Calcutta medical institutions reports 1892-1900
Year: 1892
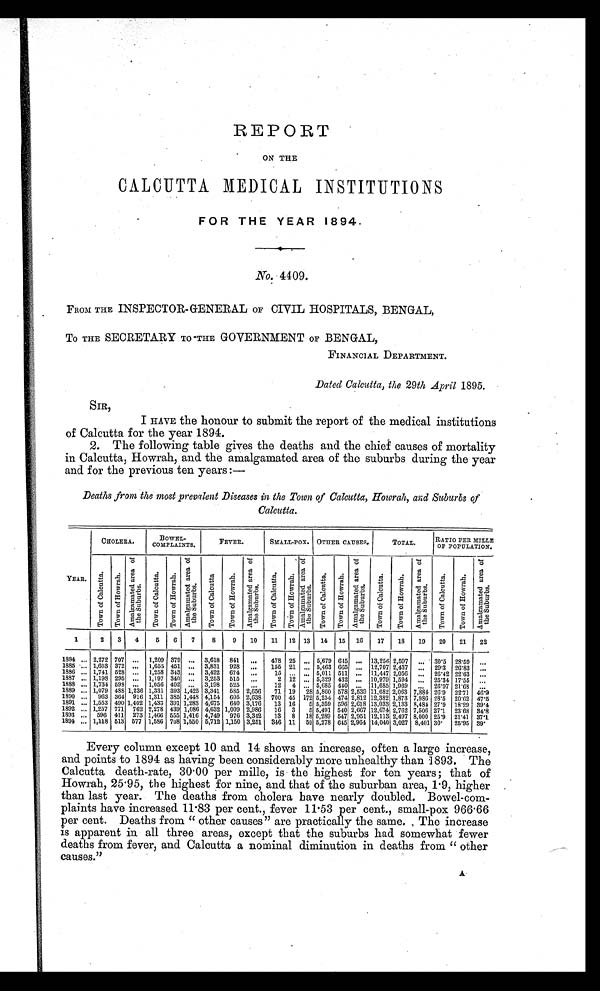
REPORT
ON THE
CALCUTTA MEDICAL INSTITUTIONS
•
FOR THE YEAR 1894.
.
No. 4409.
FROM THE INSPECTOR-GENERAL OF CIVIL HOSPITALS, BENGAL,
To THE SECRETARY TO THE GOVERNMENT OF BENGAL,
FINANCIAL DEPARTMENT.
Dated Calcutta, the 29th April 1895.
SIR,
I HAVE the honour to submit the report of the medical institutions
of Calcutta for the year 1894.
2. The following table gives the deaths and the chief causes of mortality
in Calcutta, Howrah, and the amalgamated area of the suburbs during the year
and for the previous ten years:-
Deaths from the most prevalent Diseases in the Town of Calcutta, Howrah, and Suburbs of
Calcutta.
CHOLERA.
BOWEL-
COMPLAINTS.
FEVER.
SMALL-POX. OTHER CAUSES.
TOTAL.
RATIO PER MILLE
OF POPULATION,
A m a l a g a t e d a r e a o f S u r b u r b s .
T o w n o f c a l c u t t a
T o w n o f H o w r a h . A m a l g a m a t e d a r e a o f t h e s u r b u r b s . Town of Calcutta Town of Howrah. A m a l a g a m a t e d a r e a o f t h e S u r b u r b s . Town of Calcutta
T o w n o f H a w r a h . A m a l a g a m a t e d a r e a o f t h e S u r b u r b s . Town of Calcutta.Town of Hawr ah.
A m a l a g a m a t e d a r e a o f t h e S u r b u r b s .Town of Town of Hawrah. Calcutta. A m a l g a m a t e d a r e a o f t h e S u r b u r b s .
A m a l a g a m a t e d a r e a o f t h e S u r b u r b s .
T o w n o f C a l c u t t a
T o w n o f H a w r a h .
YEAR.
-
T o wn o f Ca l c u t t a .
T o w n o f H o w r a h .
l l l l l l l l l l
A m a
1
2
3 I 4
5
6
7
8
9
10
11
12 13
14
15
16
17
18
19
20
21
22
1884 .., 2,272 707 ...
1,209 379 ... 3,618 841
. . . 478 25
. . . 5,679 615 ... 13,256 2,597 ...
30.5 28.59
...
1885 -...
1886 ...
1887 ...
1,603
1,741
1,198
372
528
295
...
...
...
1,655
1,258
1,197
451
343
340
. . . . . .
. . .
3,831
3,422
3,253
928
674
515
... . . .
. . . . .
155
15
2
21
. .
12
. . .
. . .
,,,
5,463
5,011
5,329
665
511
432
... 12,707 2,437
... 11,447 2,056
... 10,979 1,594
...
. . .
...
29.3
26.42
25'34
26.83
22'63
17.55
...
...
1888 ... 1,734 598
. . . . . 1,056 402
. . . , , , 3,198 525
....,
12
4 . . . . . . . . . . . 5,685 440 ... 11,685 1,969
. . . . .
26.97 21.68
. . . . .
1889 ... 1,079 488 1,236 1,331 393 1,425 3,341 585 2,656
71 19 28 5,800 578 2,539 11,682 2,063 7,884 26.9 22.71 46.9
1890
. . . 963 364 916 1,311 385 1,448 4,154 605 2,638 700 45 172 5,234 474 2,812 12,382 1,873 7,986 28.5 20.62 47.5
1891 ... 1,553 490 1,402 1,433 391 1,283 4,675 640 3,176
13 16
5 5,359 596 2,618 13,033 2,133 8,484 27.9 18.29 39.4
1892 ... 1,257 771 762
1 , 2 7 8 439 1,086 4,632 1,009 2,986
16
3
5 5,491 540 2,667 12,674 2,762 7,506 27.1 23.68
34.8
1893 ...
596 411 273 1,466 555 1,416 4,749 976 3,342
13
8
18 5,289 547 2,951 12,113 2,497 8,000 25.9 21.41 37.1
1894 ... 1,118 513 577 1,586 708 1,550 5,712 1,150 3,251 346 11
59 5,278 645 2,964 14,040 3,027 8,401 30.
25'95 39.
Every column except 10 and 14 shows an increase, often a large increase,
and points to 1894 as having been considerably more unhealthy than 1893. The
Calcutta death-rate, 30.00 per mille, is the highest for ten years; that of
Howrah, 25 . 95, the highest for nine, and that of the suburban area, 1 . 9, higher
than last year. The deaths from cholera have nearly doubled. Bowel-com-
plaints have increased 11 . 83 per cent., fever 11 . 53 per cent., small-pox 966.66
per cent. Deaths from " other causes" are practically the same. The increase
is apparent in all three areas, except that the suburbs had somewhat fewer
deaths from fever, and Calcutta a nominal diminution in deaths from " other
causes."
A